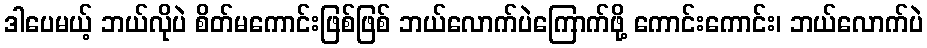
ဒါပေမယ့် ဘယ်လိုပဲ စိတ်မကောင်းဖြစ်ဖြစ် ဘယ်လောက်ပဲကြောက်ဖို့ ကောင်းကောင်း၊ ဘယ်လောက်ပဲ